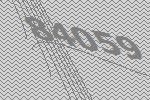
84059